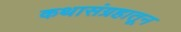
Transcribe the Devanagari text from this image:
कथासंग्रहातून